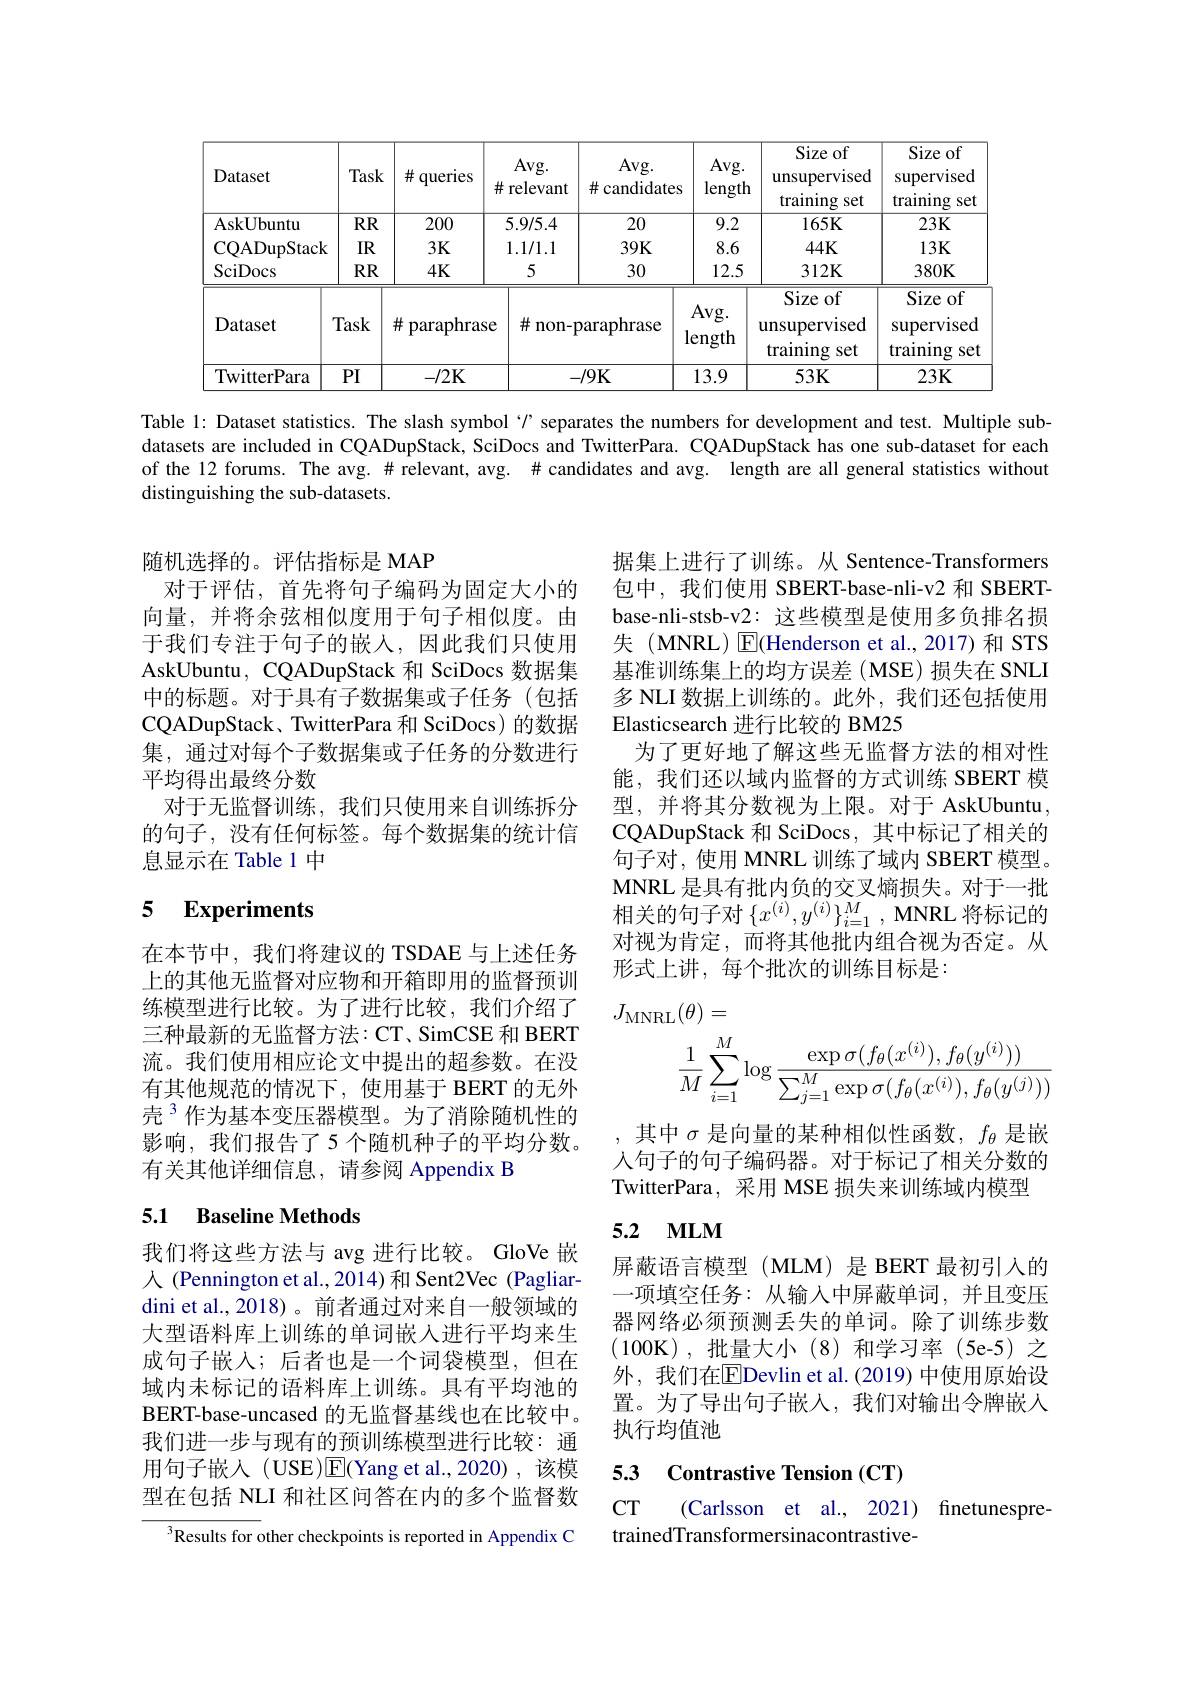
<table>
	<tbody>
		<tr>
			<th>Dataset</th>
			<th>Task</th>
			<th>井 queries</th>
			<th>Avg. 井 relevant</th>
			<th>Avg. $\#$ candidates</th>
			<th>Avg. length</th>
			<th>Size of unsupervised $\operatorname{training}$ $\xi Set$</th>
			<th>Size of supervised training set</th>
		</tr>
		<tr>
			<td>AskUbuntu</td>
			<td>$RR$</td>
			<td>200</td>
			<td>5.9/5.4</td>
			<td>20</td>
			<td>9.2</td>
			<td>$165K$</td>
			<td>$23K$</td>
		</tr>
		<tr>
			<td>CQADupStack</td>
			<td>$IR$</td>
			<td>$3K$</td>
			<td>1.1/1.1</td>
			<td>$39K$</td>
			<td>8.6</td>
			<td>$44K$</td>
			<td>$13K$</td>
		</tr>
		<tr>
			<td>$\operatorname{SciDocs}$</td>
			<td>$RR$</td>
			<td>$4K$</td>
			<td>5</td>
			<td>30</td>
			<td>12.5</td>
			<td>$312K$</td>
			<td>$380K$</td>
		</tr>
		<tr>
			<td>Dataset</td>
			<td>Task</td>
			<td>井 paraphrase</td>
			<td>$\#$ non-</td>
			<td>paraphrase</td>
			<td>Avg. length</td>
			<td>Size of unsupervised training set</td>
			<td>Size of supervised training Sei</td>
		</tr>
		<tr>
			<td>TwitterPara</td>
			<td>PI</td>
			<td>$-/2\mathbf{K}$</td>
			<td> </td>
			<td>-/9K</td>
			<td>13.9</td>
			<td>$53K$</td>
			<td>$23K$</td>
		</tr>
	</tbody>
</table>

Table 1: Dataset statistics. The slash symbol“$r$ separates the numbers for development and test. Multiple subdatasets are included in CQADupStack, SciDocs and TwitterPara. CQADupStack has one sub-dataset for each of the 12 forums. The avg. # relevant, avg. # candidates and avg. length are all general statistics without distinguishing the sub-datasets.

随机选择的。评估指标是 MAP
对于评估，首先将句子编码为固定大小的向量，并将余弦相似度用于句子相似度。由于我们专注于句子的嵌入，因此我们只使用AskUbuntu, CQADupStack 和 SciDocs 数据集中的标题。对于具有子数据集或子任务(包括CQADupStack、TwitterPara 和 SciDocs) 的数据集，通过对每个子数据集或子任务的分数进行平均得出最终分数
对于无监督训练，我们只使用来自训练拆分的句子，没有任何标签。每个数据集的统计信息显示在 Table 1 中

据集上进行了训练。从 Sentence-Transformers 包中，我们使用 SBERT-base-nli-v2 和 SBERTbase-nli-stsb-v2: 这些模型是使用多负排名损失(MNRL) $\operatorname{E}$(Henderson et al.,2017)和 STS 基准训练集上的均方误差(MSE)损失在 SNLI 多 NLI 数据上训练的。此外，我们还包括使用Elasticsearch 进行比较的 BM25
为了更好地了解这些无监督方法的相对性能，我们还以域内监督的方式训练 SBERT 模型，并将其分数视为上限。对于 AskUbuntu CQADupStack 和 SciDocs, 其中标记了相关的句子对，使用 MNRL 训练了域内 SBERT 模型。MNRL 是具有批内负的交叉熵损失。对于一批相关的句子对$\{x^{(i)},y^{(i)}\}_{i=1}^M$, MNRL 将标记的对视为肯定，而将其他批内组合视为否定。从形式上讲，每个批次的训练目标是：
$$\begin{aligned}J_{\mathrm{MNRL}}(\theta)&=\\&\frac{1}{M}\sum_{i=1}^{M}\log\frac{\exp\sigma(f_{\theta}(x^{(i)}),f_{\theta}(y^{(i)}))}{\sum_{j=1}^{M}\exp\sigma(f_{\theta}(x^{(i)}),f_{\theta}(y^{(j)}))}\end{aligned}$$
# 5 Experiments

在本节中，我们将建议的 TSDAE 与上述任务上的其他无监督对应物和开箱即用的监督预训练模型进行比较。为了进行比较，我们介绍了三种最新的无监督方法：CT、SimCSE 和 BERT 流。我们使用相应论文中提出的超参数。在没有其他规范的情况下，使用基于 BERT 的无外壳$^{3}$作为基本变压器模型。为了消除随机性的影响，我们报告了5个随机种子的平均分数。有关其他详细信息，请参阅 Appendix B

其中$\sigma$是向量的某种相似性函数，$f_\theta$是嵌人句子的句子编码器。对于标记了相关分数的TwitterPara, 采用 MSE 损失来训练域内模型

### 5.1 Baseline Methods

### 5.2 $\mathbf{MLM}$

屏蔽语言模型(MLM)是 BERT 最初引入的一项填空任务：从输入中屏蔽单词，并且变压器网络必须预测丢失的单词。除了训练步数(100K),批量大小(8)和学习率(5e-5)之外，我们在$\overline{\mathrm{E}}$Devlin et al.(2019)中使用原始设置。为了导出句子嵌入，我们对输出令牌嵌人执行均值池

我们将这些方法与 avg 进行比较。GloVe 嵌人 (Pennington et al.,2014)和 Sent2Vec (Pagliardini et al., 2018)。前者通过对来自一般领域的大型语料库上训练的单词嵌人进行平均来生成句子嵌入；后者也是一个词袋模型，但在域内未标记的语料库上训练。具有平均池的BERT-base-uncased 的无监督基线也在比较中。我们进一步与现有的预训练模型进行比较：通用句子嵌人(USE)E$( Yang et al. , 2020) , $该模型在包括 NLI 和社区问答在内的多个监督数

## 53 Contrastive Tension (CT)

CT
(Carlsson et al., 2021) finetunespre-
trainedTransformersinacontrastive-

$^{3}$Results for other checkpoints is reported in Appendix C